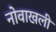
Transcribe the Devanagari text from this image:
नोवाखली